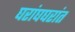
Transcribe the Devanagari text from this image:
घरांघघरांत